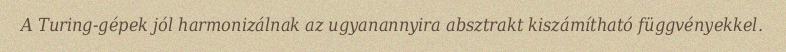
A Turing-gépek jól harmonizálnak az ugyanannyira absztrakt kiszámítható függvényekkel.